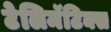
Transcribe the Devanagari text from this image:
टेलिमॅटिक्स